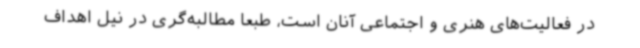
در فعالیت‌های هنری و اجتماعی آنان است، طبعا مطالبه‌گری در نیل اهداف